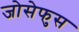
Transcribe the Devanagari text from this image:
जोसेफुस